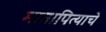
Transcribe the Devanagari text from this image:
मातापित्याचे